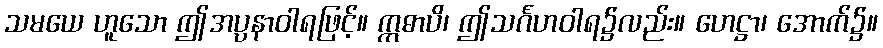
သမယေ ဟူသော ဤအပ္ပနာဝါရဖြင့်။ ဣဓာပိ၊ ဤသင်္ဂဟဝါရ၌လည်း။ ဟေဋ္ဌာ၊ အောက်၌။